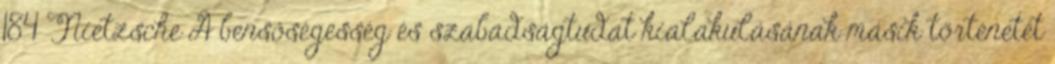
184 Nietzsche A bensőségesség és szabadságtudat kialakulásának másik történetét